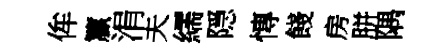
侔籯涓夫繻隠慱餞房胼隅